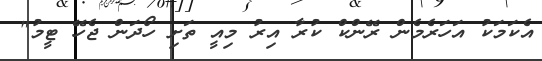
އެކަމަކު އަހަރެމެން ރޭންކް ކުރާ އިރު މިއީ ތަށި ހޯދަން ޖެހޭ ޓީމު"